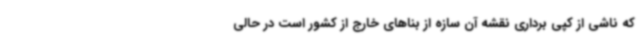
که ناشی از کپی برداری نقشه آن سازه از بناهای خارج از کشور است در حالی